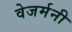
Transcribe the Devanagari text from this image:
वेजर्मनी